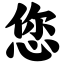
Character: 您